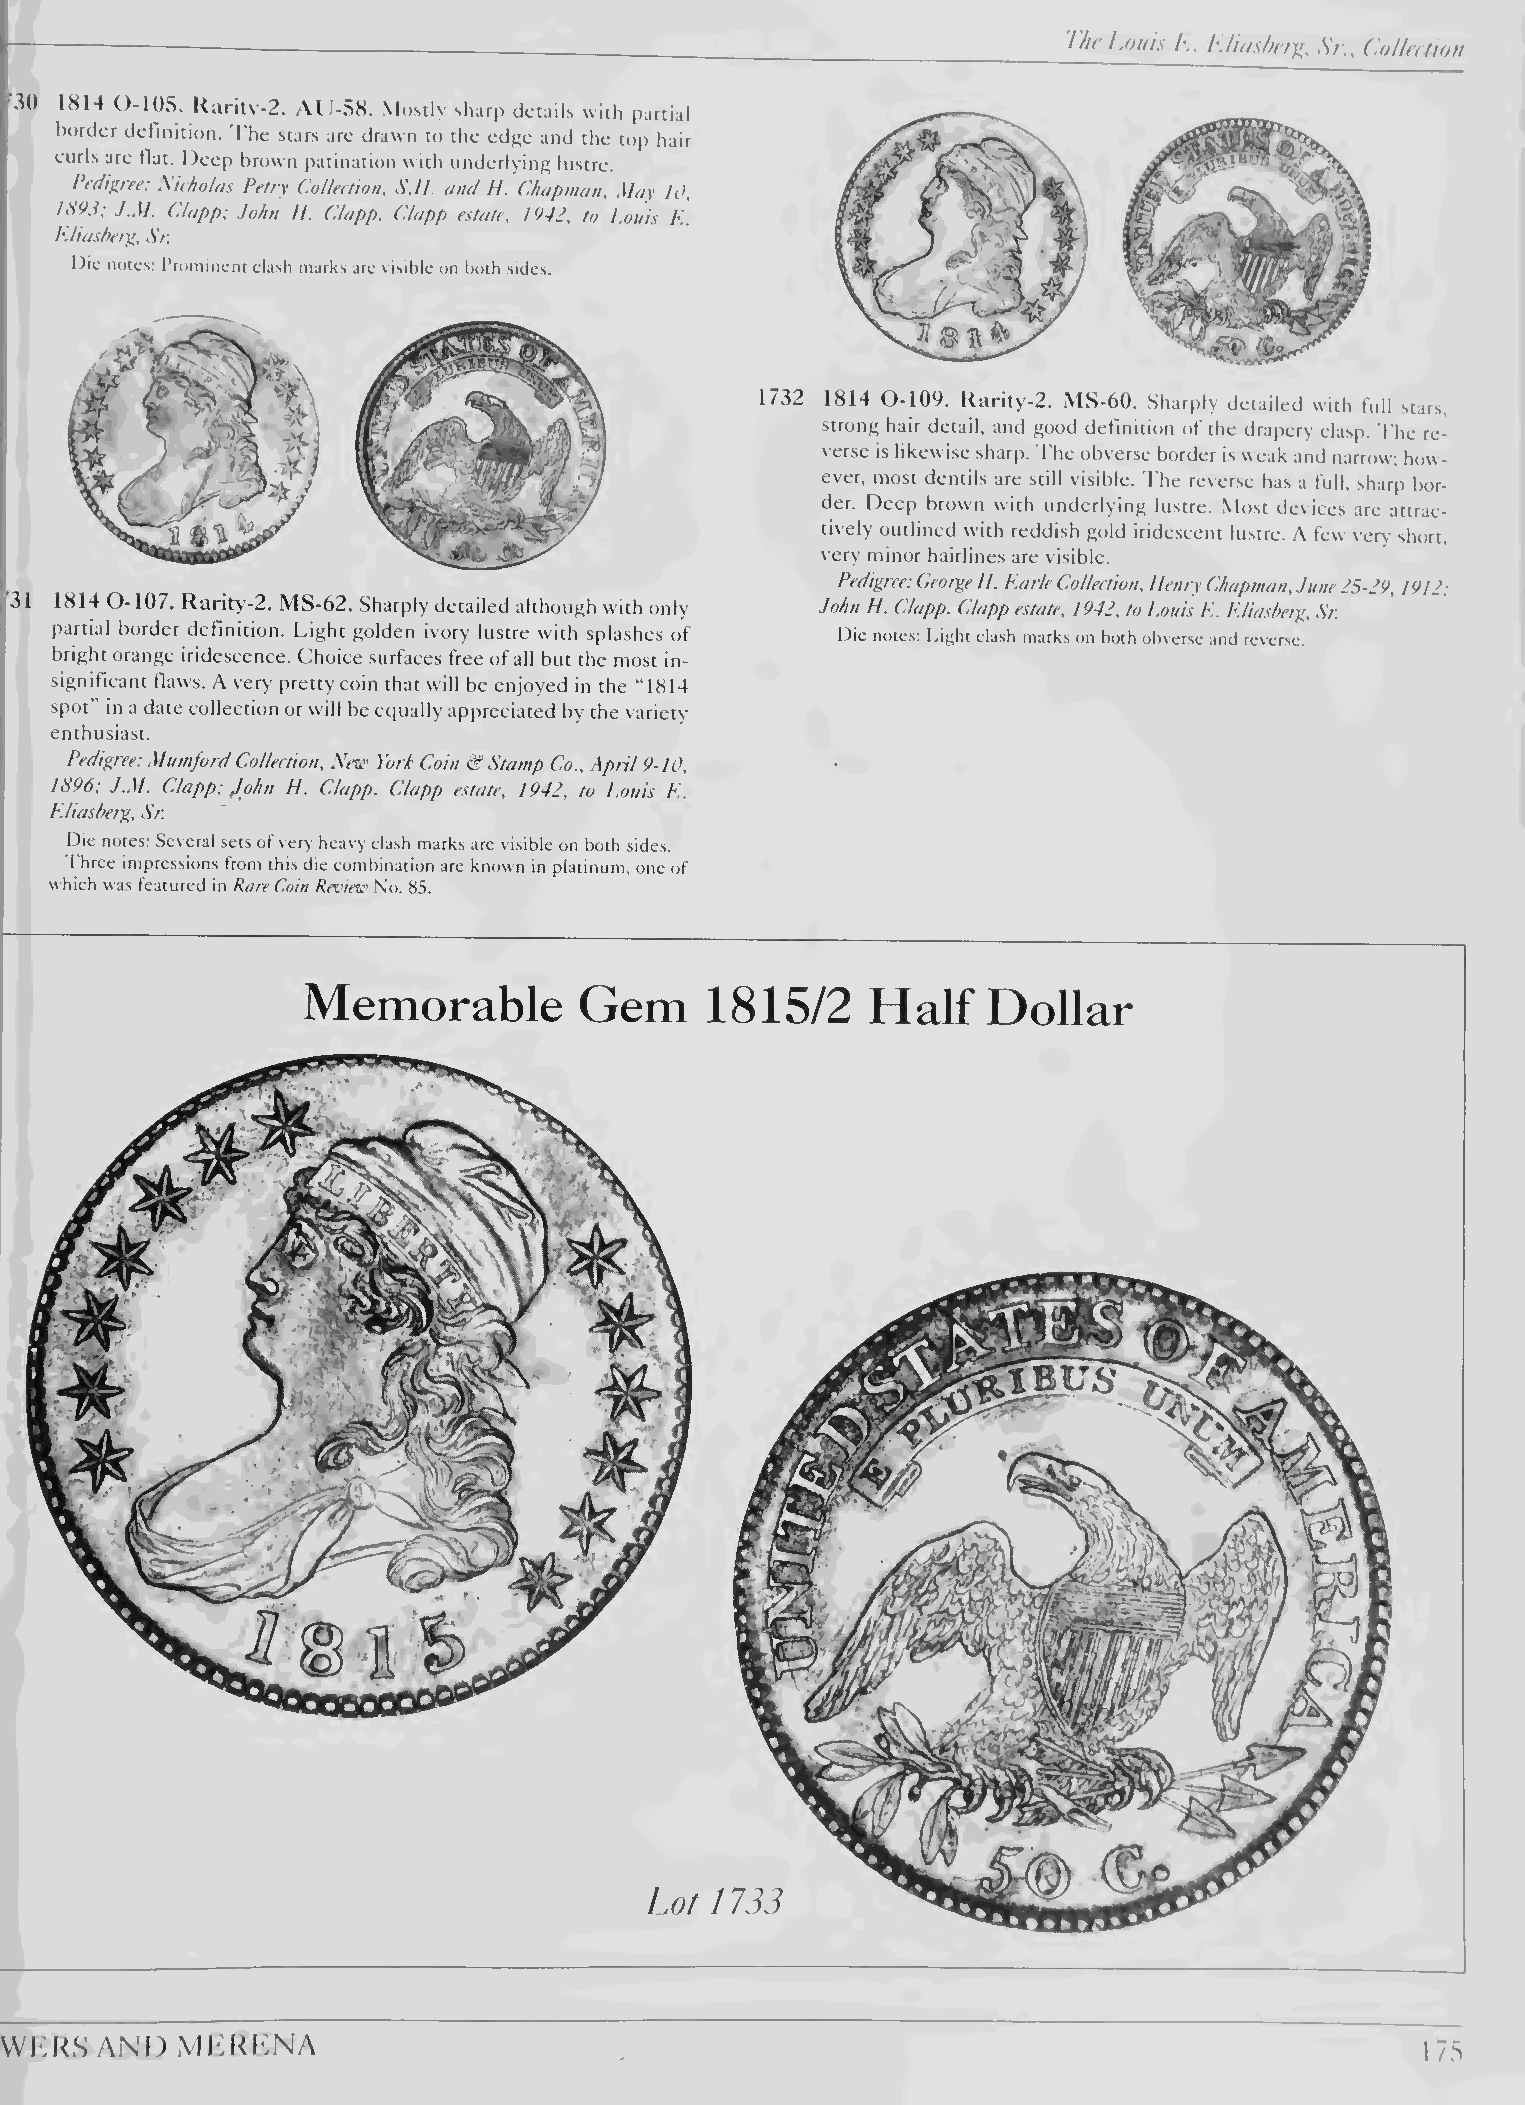
*-----!I-ouis                                                                 h.. h.Ufjs/x'f'ji, ‘V/'., (.olle(tioti
 30 1814 0-105. Raritv-2. AlI-58. Mostly sharp details with partial
 border definition. The stars are drawn to the edge and the top hair
 eurls are flat. Deep brown patination with underlying lustre.
 Pedigree: Sieholas Petry CoUectiotr S.H. and H. Chapman. May 10.
 189.C J..M. (dapp: John H. Clapp. Clapp estate. 1942. to Louis l\.
 Eliasherg. .Sr
 Die notes: Prominent clash marks are visible on both sides.
 1732 1814 0-109. Rarity-2. MS-60. Sharply detailed with full stars,
 strong hair detail, and good definition of the drapery clasp. The re¬
 verse is likewise sharp. The obverse border is weak and narrow; how¬
 ever, most dentils are still visible. I'he reverse has a full, sharp bor¬
 der. Deep brown with underlying lustre. Most devices are attrac¬
 tively outlined with reddish gold iridescent lustre. .X few very short,
 very minor hairlines are visible.
 Pedigree: George H. Earle Collection, Henry Chapman. June 28-29,1912;
 31 1814 0-107. Rarity-2. MS-62. Sharply detailed although with only John H. Clapp. Clapp estate, 1942, to Louis E. Eliasherg, Sr.
 partial border definition. Light golden ivory lustre with splashes of
 Die notes: Light clash marks on both obverse and reverse.
 bright orange iridescence. Choice surfaces free of all but the most in¬
 significant flaws. A very pretty eoin that will be enjoyed in the “1814
 spot in a date collection or will be equally appreciated by the variety
 enthusiast.
 Pedigree: Mumford Collection. New York Coin & Stamp Co.. April 9-10.
 1896; J.M. Clapp; John H. Clapp. Clapp estate, 1942, to Louis E.
 EJiasherg, Sr.
 Die notes: Several sets of very heavy clash marks are visible on both sides.
 I hree impressions from this die combination are known in platinum, one of
 w hich was featured in Rare Coin Res'ietc' No. 85.
 Memorable         Gem      1815/2     Half   Dollar
 Lot 1133
 Wl'kS AND   MKKKNA                                                                            17,S